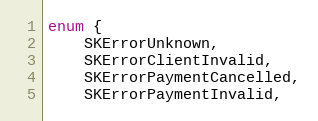
Language: C
enum {
    SKErrorUnknown,
    SKErrorClientInvalid,
    SKErrorPaymentCancelled,
    SKErrorPaymentInvalid,